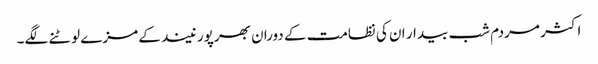
اکثر مردم شب بیدار ان کی نظامت کے دوران بھرپور نیند کے مزے لوٹنے لگے۔